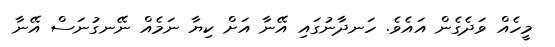
މީހެއް ވަދެގެން އައެވެ. ހަނދާނުގައި އޭނާ އަށް ކިޔާ ނަމެއް ނޭނގުނަސް އޭނާ